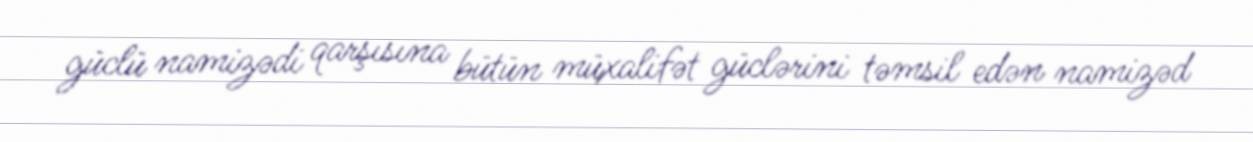
güclü namizədi qarşısına bütün müxalifət güclərini təmsil edən namizəd